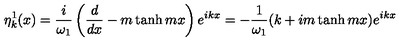
\eta _ { k } ^ { 1 } ( x ) = \frac { i } { \omega _ { 1 } } \left( \frac { d } { d x } - m \tanh m x \right) e ^ { i k x } = - \frac { 1 } { \omega _ { 1 } } ( k + i m \tanh m x ) e ^ { i k x }